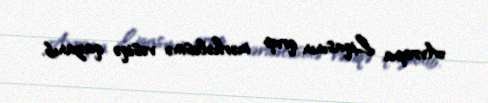
Avropa Liqasının qrup mərhələsinə vəsiqə qazanıb.